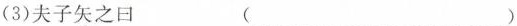
(3)夫子矢之日 ( )